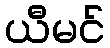
ယီမင်